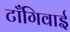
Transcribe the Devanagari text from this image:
टाँगिवाई